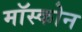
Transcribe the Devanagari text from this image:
मॉस्कोन